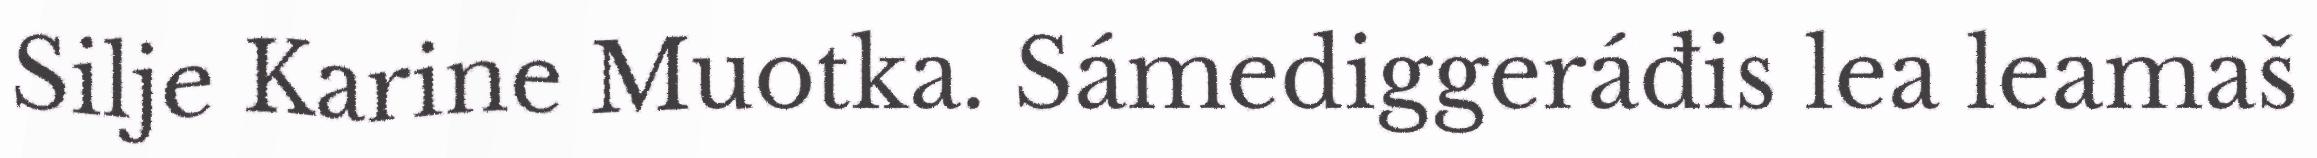
Silje Karine Muotka. Sámediggeráđis lea leamaš